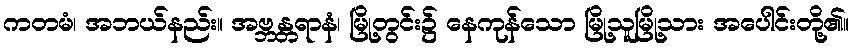
ကတမံ၊ အဘယ်နည်း။ အဗ္ဘန္တရာနံ၊ မြို့တွင်း၌ နေကုန်သော မြို့သူမြို့သား အပေါင်းတို့၏။